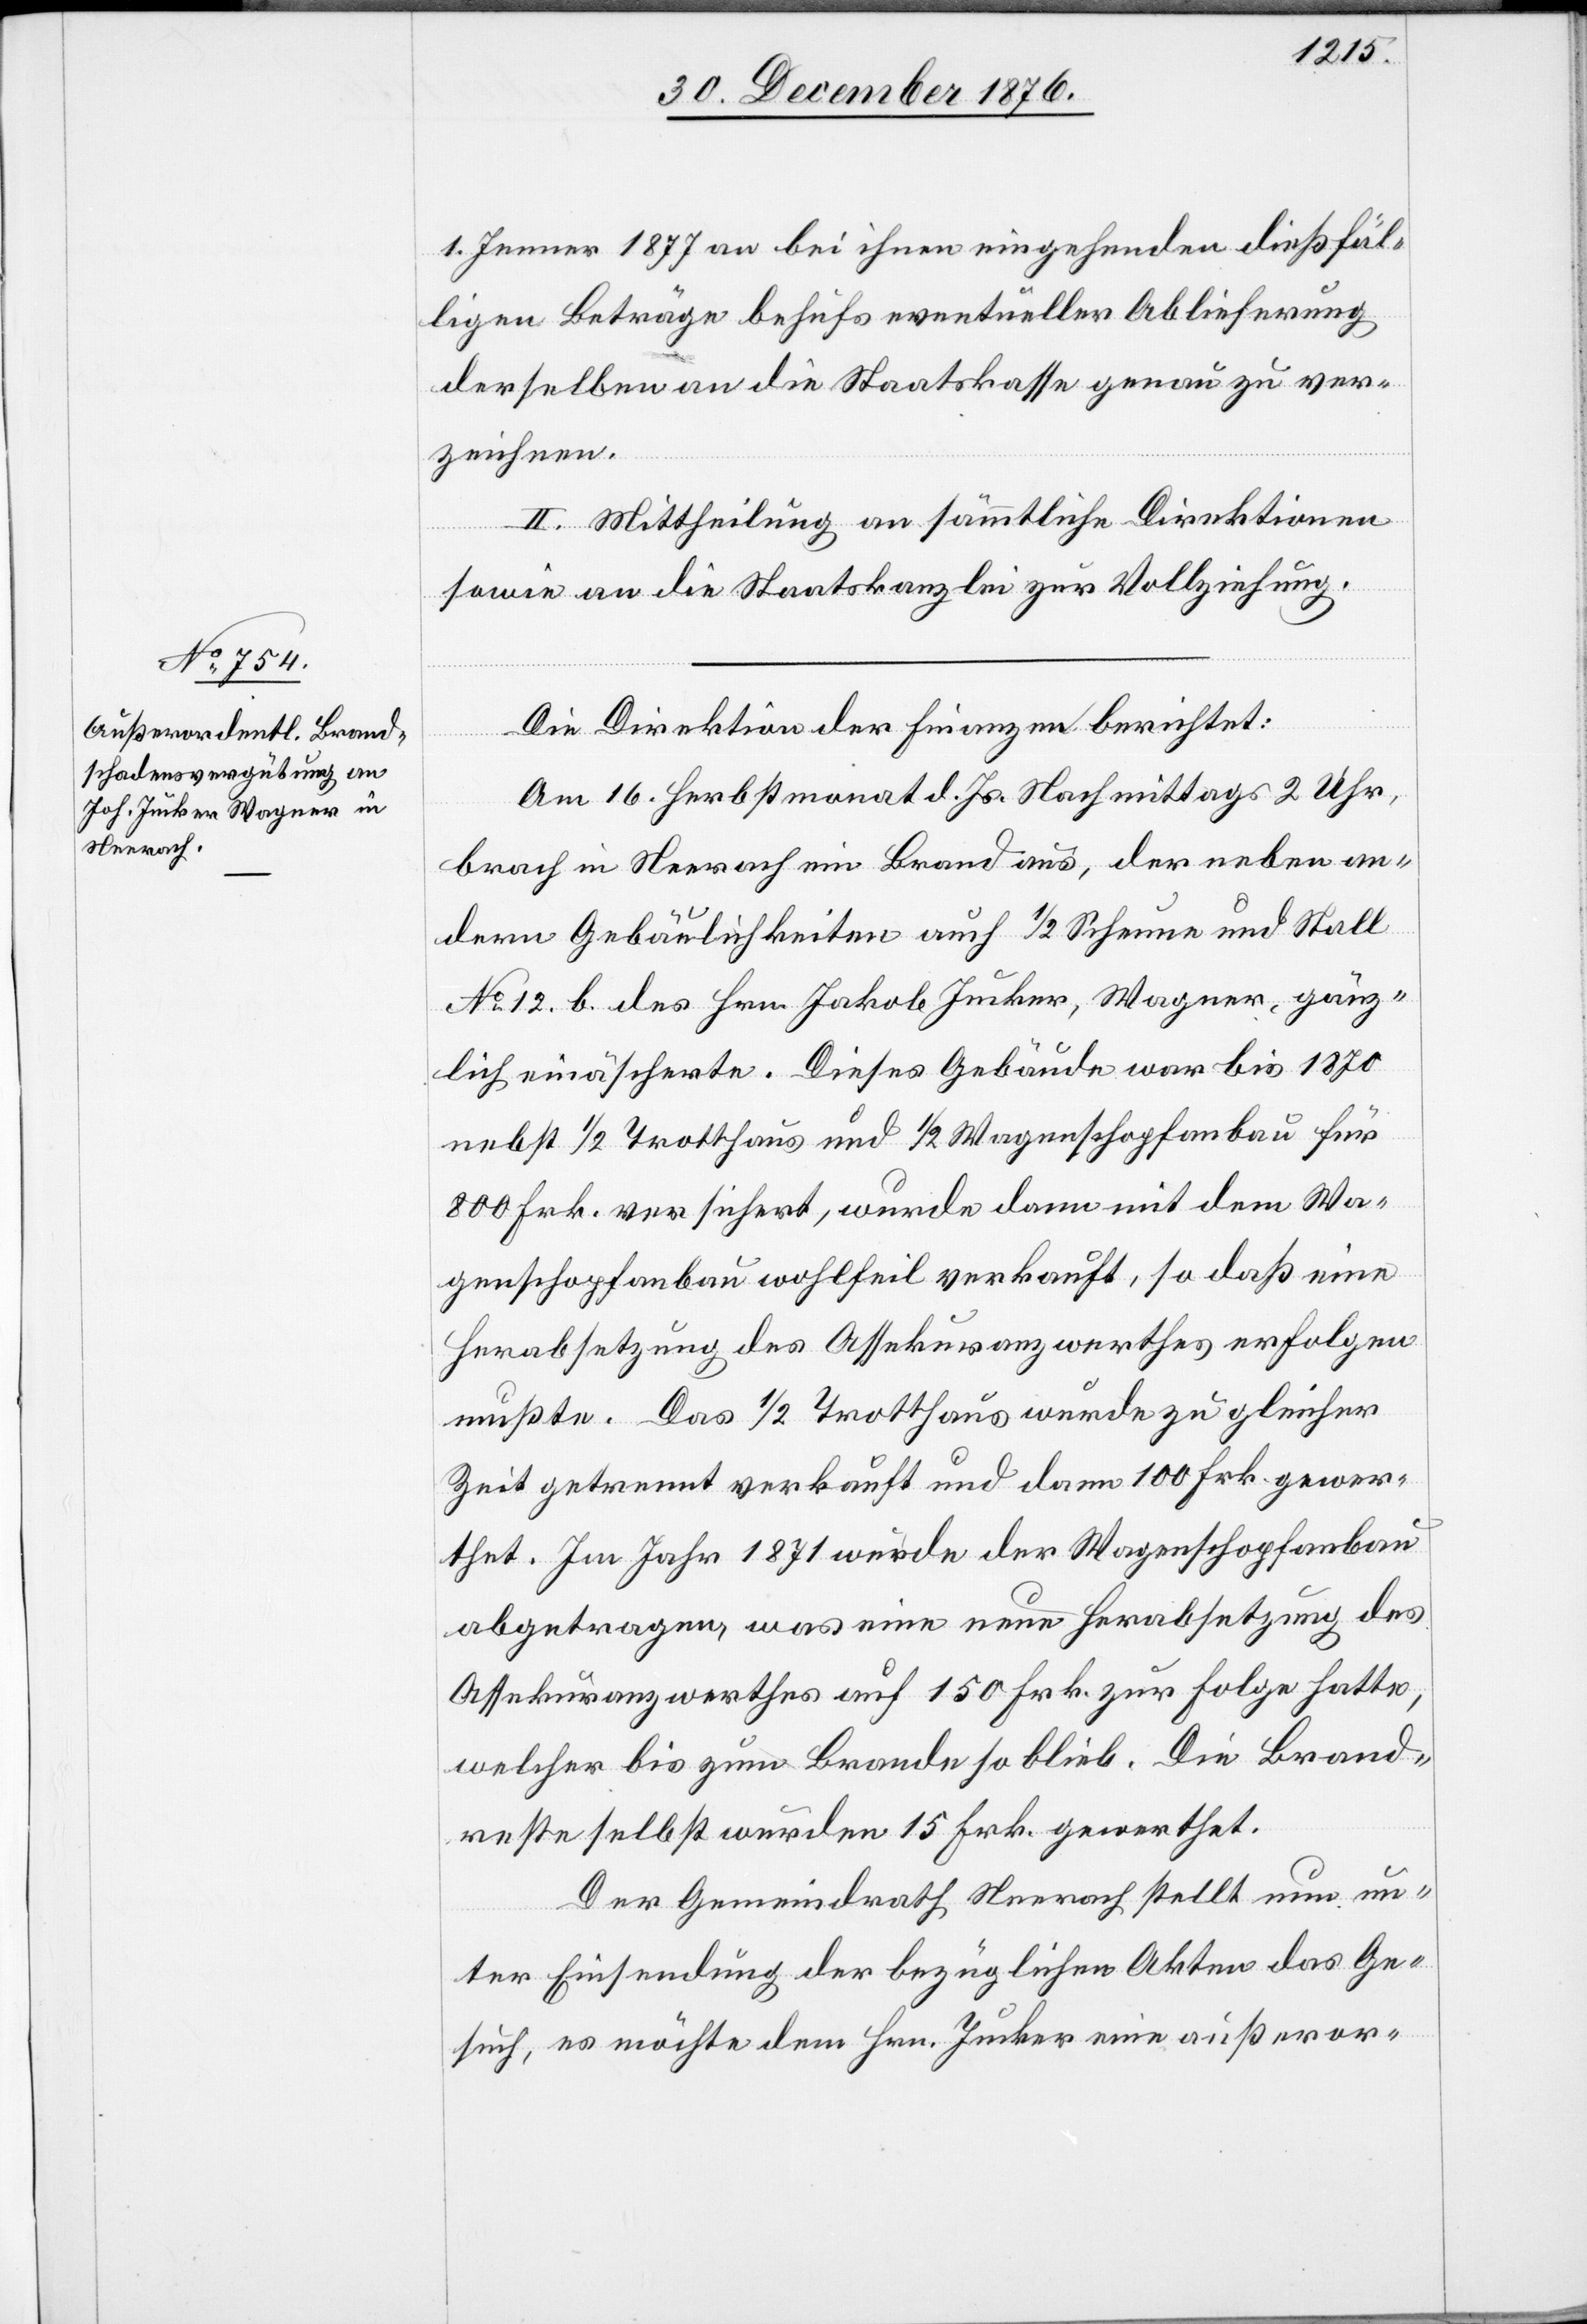
1. Jenner 1877 an bei ihnen eingehenden dießfäl¬
ligen Beträge behufs eventueller Ablieferung
derselben an die Staatskasse genau zu ver¬
zeichnen.
II. Mittheilung an sämmtliche Direktionen
sowie an die Staatskanzlei zur Vollziehung.
Die Direktion der Finanzen berichtet:
Am 16. Herbstmonat d. Js. Nachmittags 2 Uhr,
brach in Neerach ein Brand aus, der neben an¬
derm Gebäulichkeiten auch 1/2 Scheune und Stall
No 12. b. des Hrn. Jakob Jucker, Wagner, gänz¬
lich einäscherte. Dieses Gebäude war bis 1870
nebst 1/2 Trotthaus und 1/2 Wagenschopfanbau für
800 Frk. versichert, wurde dann mit dem Wa¬
genschopfanbau wohlfeil verkauft, so daß eine
Herabsetzung des Assekuranzwerthes erfolgen
mußte. Das 1/2 Trotthaus wurde zu gleicher
Zeit getrennt verkauft und dann 100 Frk. gewer¬
thet. Im Jahr 1871 wurde der Wagenschopfanbau
abgetragen, was eine neue Herabsetzung des
Assekuranzwerthes auf 150 Frk. zur Folge hatte,
welcher bis zum Brande so blieb. Die Brand¬
reste selbst wurden 15 Frk. gewerthet.
Der Gemeindrath Neerach stellt nun un¬
ter Einsendung der bezüglichen Akten das Ge¬
such, es möchte dem Hrn. Jucker eine außeror-